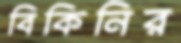
বিকিনির